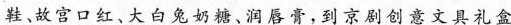
鞋、故宫口红、大白兔奶糖、润唇膏，到京剧创意文具礼盒